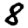
Digit: 8